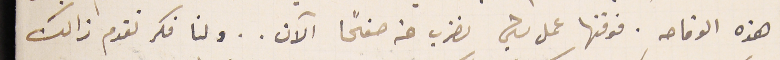
هذه الوقاحه. فوقتها عمل شيئ نضرب عنه صفحًا الآن.. ولنا فكر نقدم ذالك